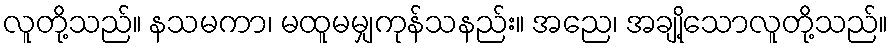
လူတို့သည်။ နသမကာ၊ မထူမမျှကုန်သနည်း။ အညေ၊ အချို့သောလူတို့သည်။